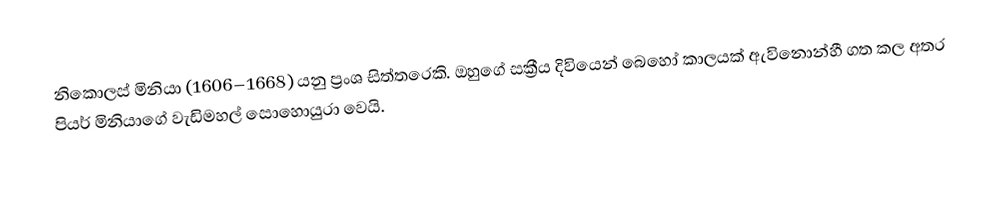
නිකොලස් මිනියා (1606–1668) යනු ප්‍රංශ සිත්තරෙකි. ඔහුගේ සක්‍රීය දිවියෙන් බෙහෝ කාලයක් ඇවිනොන්හී ගත කල අතර  පියර් මිනියාගේ වැඩිමහල් සොහොයුරා වෙයි.